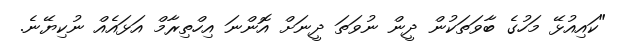
"ކައިއުޅޭ މަހުގެ ބާވަތަކުން ދީން ނުވަތަ ދީނަށް އޮންނަ އިހްތިރާމް އަޅައެއް ނުކިޔޭނެ.